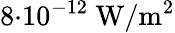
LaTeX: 8{\cdot}10^{-12}\ \mathrm{W/m^{2}}